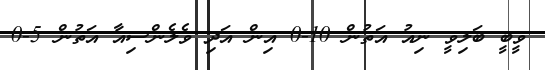
ވީބީ ބަލިވީ ނިއު އަތުން 10-0 އިން އަދި ވެލެންސިއާ އަތުން 5-0